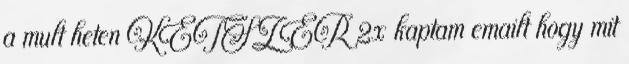
a mult heten KETSZER 2x kaptam emailt hogy mit